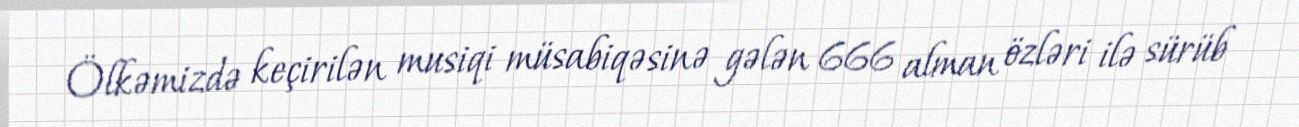
Ölkəmizdə keçirilən musiqi müsabiqəsinə gələn 666 alman özləri ilə sürüb